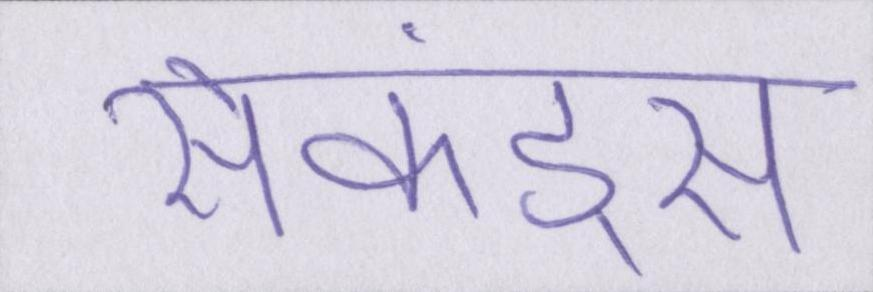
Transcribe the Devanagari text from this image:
सेकंड्स